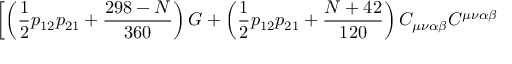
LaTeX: \left[ \left( \frac { 1 } { 2 } p _ { 1 2 } p _ { 2 1 } + \frac { 2 9 8 - N } { 3 6 0 } \right) G + \left( \frac { 1 } { 2 } p _ { 1 2 } p _ { 2 1 } + \frac { N + 4 2 } { 1 2 0 } \right) C _ { \mu \nu \alpha \beta } C ^ { \mu \nu \alpha \beta } \right.